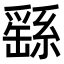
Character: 繇